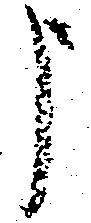
申